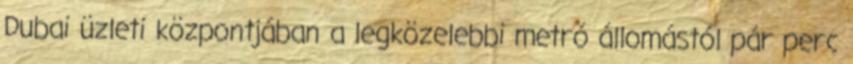
Dubai üzleti központjában a legközelebbi metró állomástól pár perc